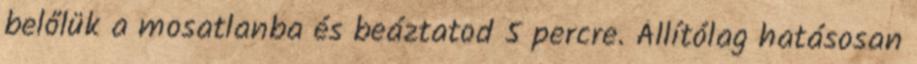
belőlük a mosatlanba és beáztatod 5 percre. Állítólag hatásosan